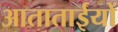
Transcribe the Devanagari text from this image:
आताताईयों